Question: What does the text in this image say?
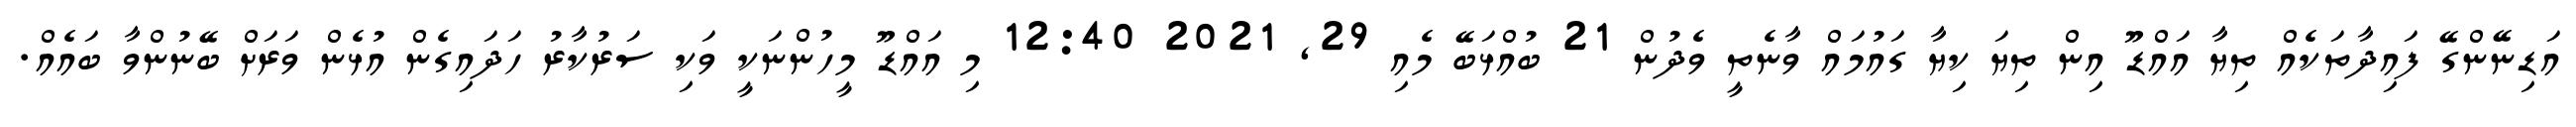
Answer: އަޑިނޭންގޭ ފައިދާތަކެއް ތިޔާ އައްޑޫ އިން ތިޔަ ކިޔާ ގައުމައް ވާނެތީ ވެދުން 21 ބުއްޅަބޭ މެއި 29, 2021 12:40 މި އައްޑޫ މީހުންނަކީ ވަކި ސަރުކާރު ހަދައިގެން އުޅެން ވަރަށް ބޭނުންވާ ބައެއް.